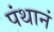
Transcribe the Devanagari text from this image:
पंथानं